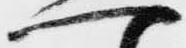
へ